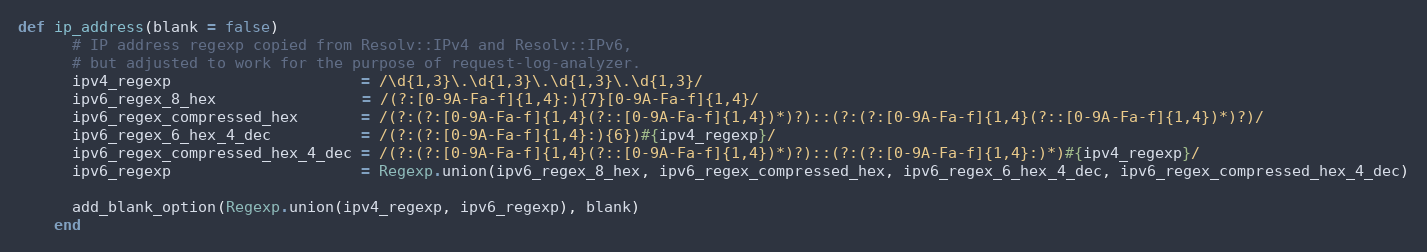
Language: Ruby
def ip_address(blank = false)
      # IP address regexp copied from Resolv::IPv4 and Resolv::IPv6,
      # but adjusted to work for the purpose of request-log-analyzer.
      ipv4_regexp                     = /\d{1,3}\.\d{1,3}\.\d{1,3}\.\d{1,3}/
      ipv6_regex_8_hex                = /(?:[0-9A-Fa-f]{1,4}:){7}[0-9A-Fa-f]{1,4}/
      ipv6_regex_compressed_hex       = /(?:(?:[0-9A-Fa-f]{1,4}(?::[0-9A-Fa-f]{1,4})*)?)::(?:(?:[0-9A-Fa-f]{1,4}(?::[0-9A-Fa-f]{1,4})*)?)/
      ipv6_regex_6_hex_4_dec          = /(?:(?:[0-9A-Fa-f]{1,4}:){6})#{ipv4_regexp}/
      ipv6_regex_compressed_hex_4_dec = /(?:(?:[0-9A-Fa-f]{1,4}(?::[0-9A-Fa-f]{1,4})*)?)::(?:(?:[0-9A-Fa-f]{1,4}:)*)#{ipv4_regexp}/
      ipv6_regexp                     = Regexp.union(ipv6_regex_8_hex, ipv6_regex_compressed_hex, ipv6_regex_6_hex_4_dec, ipv6_regex_compressed_hex_4_dec)

      add_blank_option(Regexp.union(ipv4_regexp, ipv6_regexp), blank)
    end